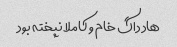
هاد داگ خام و کاملا نپخته بود